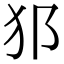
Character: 𤜡